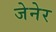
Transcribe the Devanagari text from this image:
जेनेर